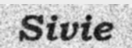
Sivie